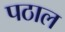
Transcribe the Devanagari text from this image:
पठाल